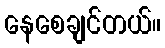
နေစေချင်တယ်။